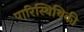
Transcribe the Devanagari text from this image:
पारिस्थिथिकी